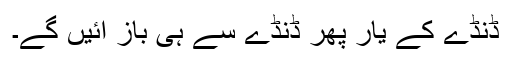
ڈنڈے کے یار پھر ڈنڈے سے ہی باز آئیں گے۔